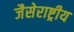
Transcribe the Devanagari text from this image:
जैसेराष्ट्रीय